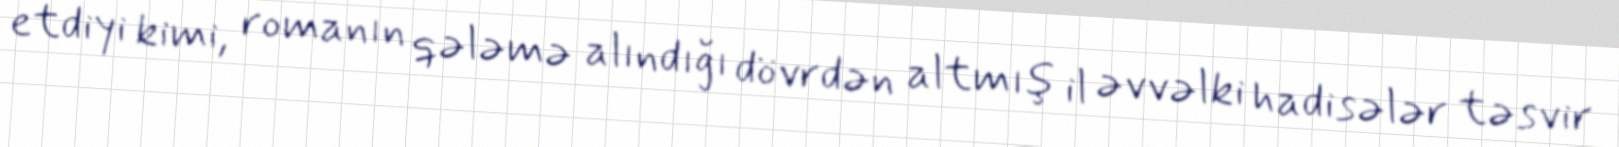
etdiyi kimi, romanın qələmə alındığı dövrdən altmış il əvvəlki hadisələr təsvir